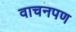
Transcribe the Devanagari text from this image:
वाचनपण